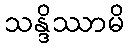
သန္ဒိဿာမိ